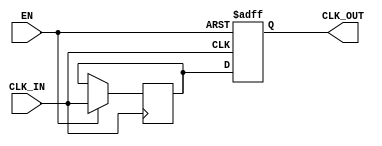
module ClockBuffer (
    input wire CLK_IN,        // Input clock signal
    input wire EN,           // Enable signal for power management
    output reg CLK_OUT       // Buffered clock output
);

// Internal signal for synchronization
reg CLK_SYNC;

// Clock buffering mechanism
always @(posedge CLK_IN or negedge EN) begin
    if (!EN) begin
        CLK_OUT <= 1'b0;     // Disable output when EN is low
    end else begin
        CLK_SYNC <= CLK_IN;  // Synchronize input clock
        CLK_OUT <= CLK_SYNC; // Drive output with synchronized clock
    end
end

endmodule